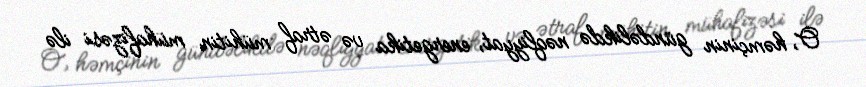
O, həmçinin gündəlikdə nəqliyyat, energetika və ətraf mühitin mühafizəsi ilə